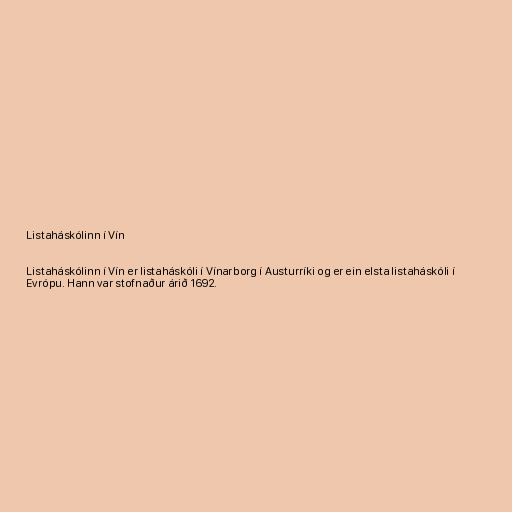
Listaháskólinn í Vín

Listaháskólinn í Vín er listaháskóli í Vínarborg í Austurríki og er ein elsta listaháskóli í
Evrópu. Hann var stofnaður árið 1692.